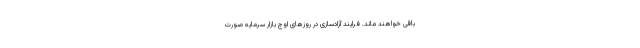
باقی خواهند ماند. فرایند آزادسازی در روزهای اوج بازار سرمایه صورت